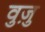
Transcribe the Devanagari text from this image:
वुज़ु